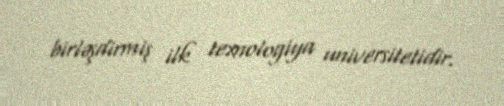
birləşdirmiş ilk texnologiya universitetidir.